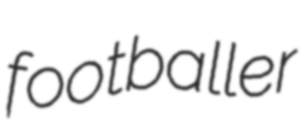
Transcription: footballer